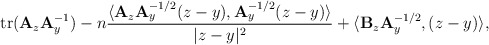
\begin{align*}{\rm tr}({\bf A}_z{\bf A}_y^{-1})-n\frac{\langle {\bf A}_z{\bf A}_y^{-1/2}(z-y),{\bf A}_y^{-1/2}(z-y)\rangle}{|z-y|^2}+\langle {\bf B}_z{\bf A}_y^{-1/2},(z-y)\rangle, \end{align*}